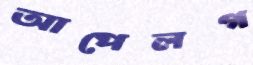
আপেলগ